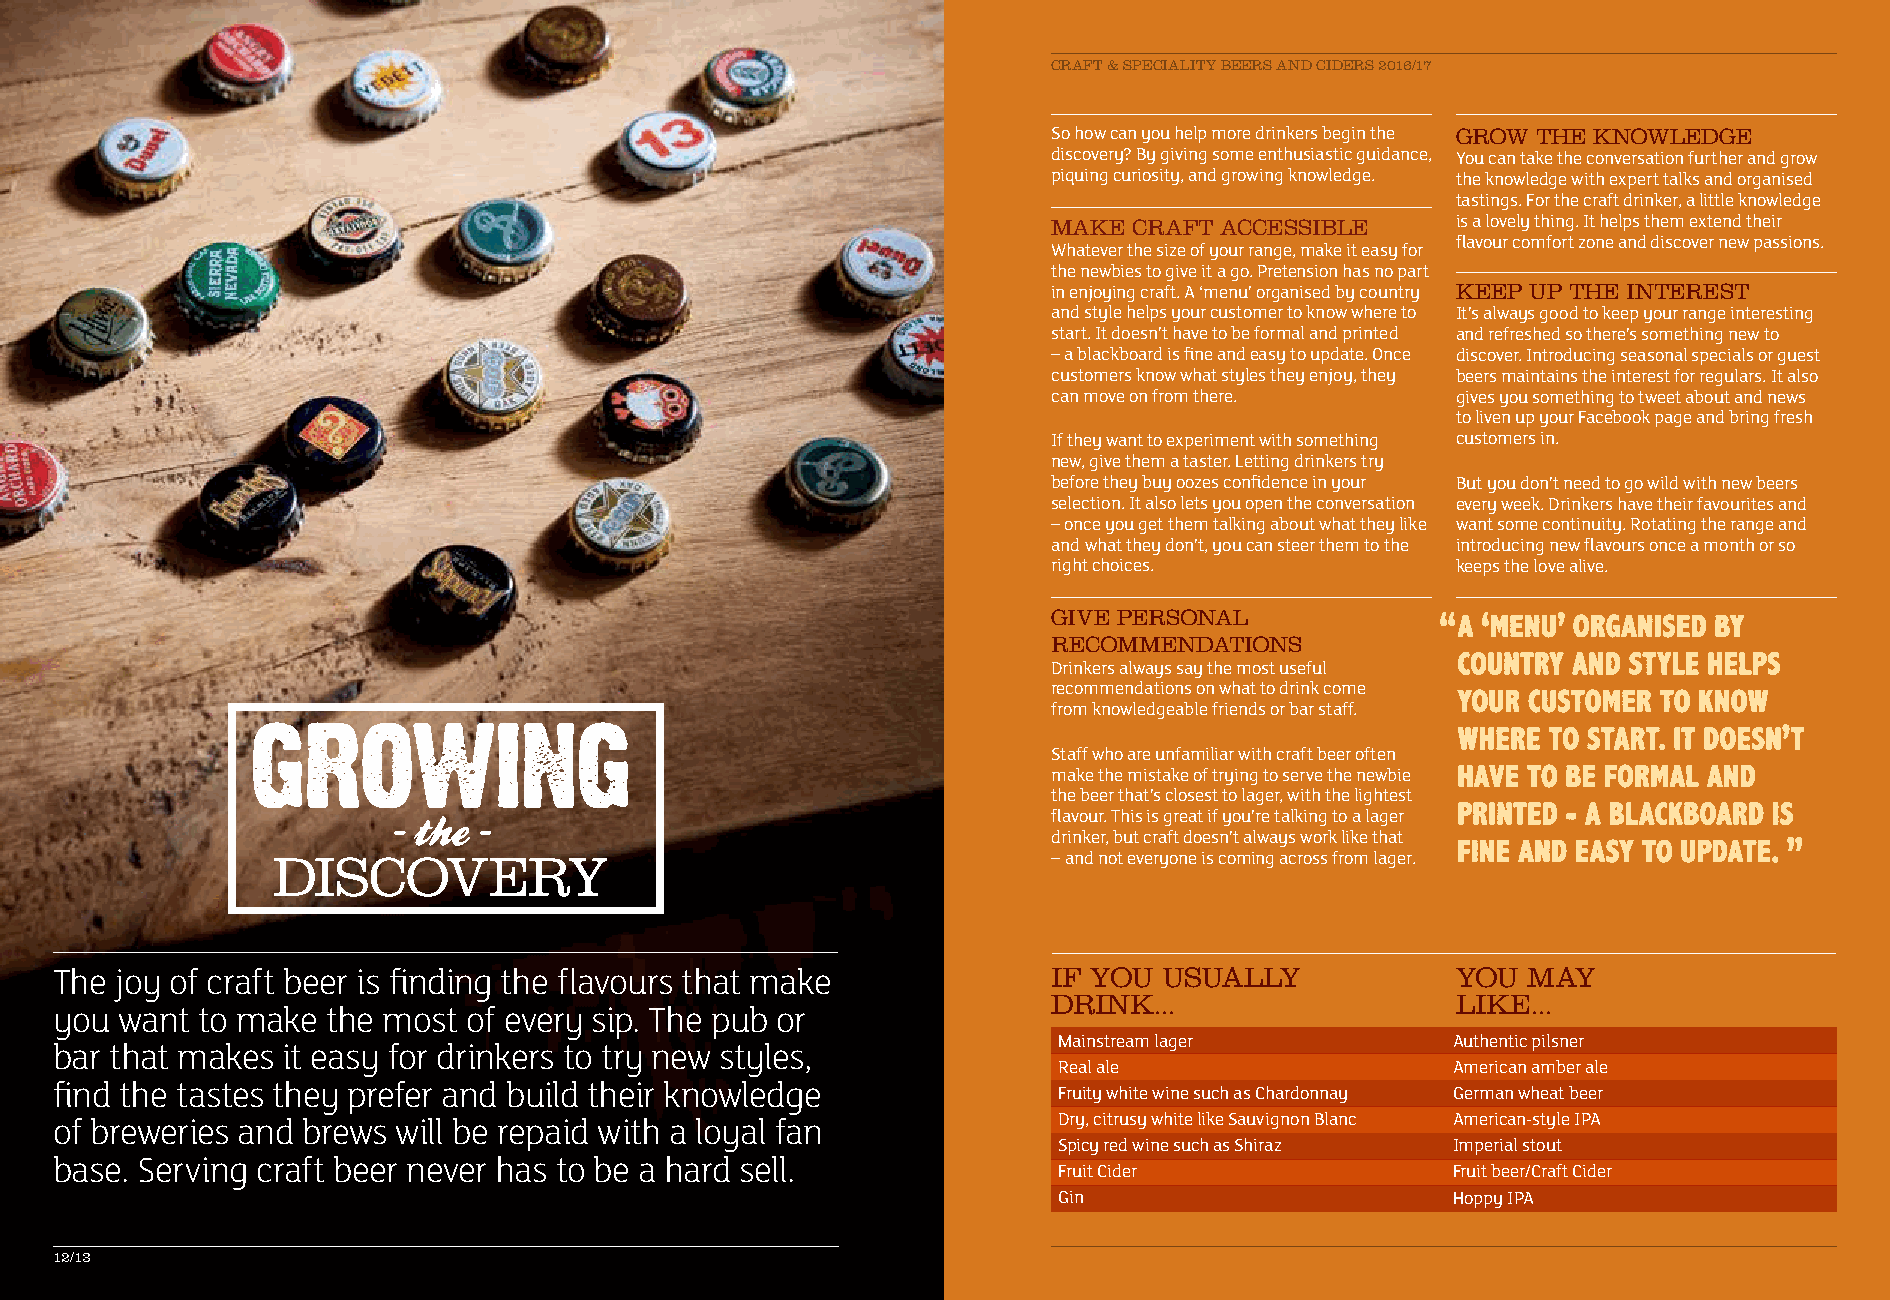
CRAFT & SPECIALITY BEERS AND CIDERS 2016/17
 So how can you help more drinkers begin the GROW THE KNOWLEDGE
 discovery? By giving some enthusiastic guidance, You can take the conversation further and grow
 piquing curiosity, and growing knowledge. the knowledge with expert talks and organised
 tastings. For the craft drinker, a little knowledge
 MAKE CRAFT ACCESSIBLE     is a lovely thing. It helps them extend their
 flavour comfort zone and discover new passions.
 Whatever the size of your range, make it easy for
 the newbies to give it a go. Pretension has no part
 in enjoying craft. A ‘menu’ organised by country KEEP UP THE INTEREST
 and style helps your customer to know where to It’s always good to keep your range interesting
 start. It doesn’t have to be formal and printed and refreshed so there’s something new to
 – a blackboard is fine and easy to update. Once discover. Introducing seasonal specials or guest
 customers know what styles they enjoy, they beers maintains the interest for regulars. It also
 can move on from there.   gives you something to tweet about and news
 to liven up your Facebook page and bring fresh
 If they want to experiment with something customers in.
 new, give them a taster. Letting drinkers try
 before they buy oozes confidence in your But you don’t need to go wild with new beers
 selection. It also lets you open the conversation every week. Drinkers have their favourites and
 – once you get them talking about what they like want some continuity. Rotating the range and
 and what they don’t, you can steer them to the introducing new flavours once a month or so
 right choices.            keeps the love alive.
 GIVE PERSONAL
 RECOMMENDATIONS
 Drinkers always say the most useful
 recommendations on what to drink come
 from knowledgeable friends or bar staff.
 Staff who are unfamiliar with craft beer often
 make the mistake of trying to serve the newbie
 the beer that’s closest to lager, with the lightest
 flavour. This is great if you’re talking to a lager
 drinker, but craft doesn’t always work like that
 DISCOVERY                                           – and not everyone is coming across from lager.
 The joy of craft beer is finding the flavours that make           IF YOU USUALLY            YOU  MAY
 DRINK...                  LIKE...
 you want to make  the most of every sip. The pub or
 Mainstream lager          Authentic pilsner
 bar that makes it easy for drinkers to try new styles,
 Real ale                  American amber ale
 find the tastes they prefer and build their knowledge             Fruity white wine such as Chardonnay German wheat beer
 Dry, citrusy white like Sauvignon Blanc American-style IPA
 of breweries and brews will be repaid with a loyal fan
 Spicy red wine such as Shiraz Imperial stout
 base. Serving craft beer never has to be a hard sell.
 Fruit Cider               Fruit beer/Craft Cider
 Gin                       Hoppy IPA
 12/13